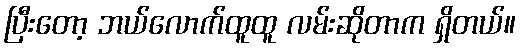
ပြီးတော့ ဘယ်လောက်ထူထူ လမ်းဆိုတာက ရှိတယ်။